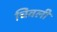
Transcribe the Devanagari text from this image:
चिवली